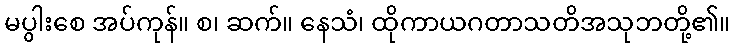
မပွါးစေ အပ်ကုန်။ စ၊ ဆက်။ နေသံ၊ ထိုကာယဂတာသတိအသုဘတို့၏။